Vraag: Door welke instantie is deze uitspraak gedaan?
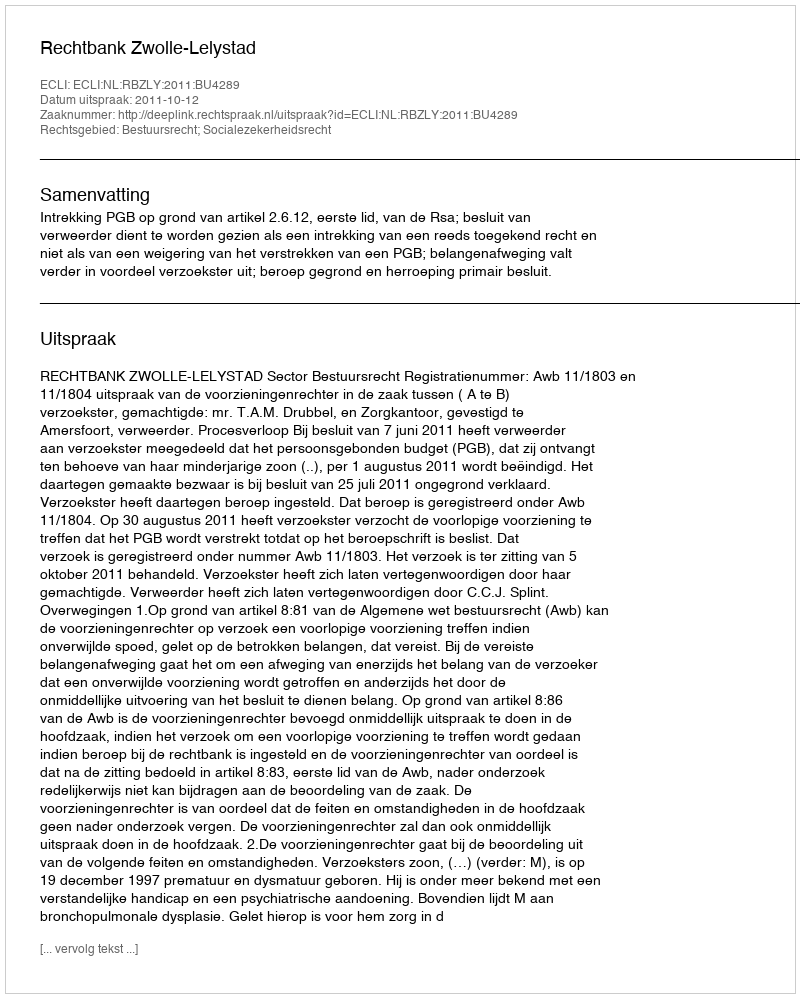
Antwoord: Rechtbank Zwolle-Lelystad